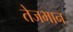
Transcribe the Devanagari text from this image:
तेजभान